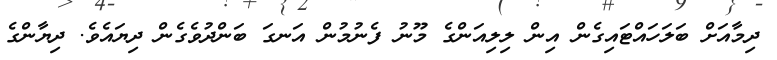
ދިމާއަށް ބަލަހައްޓައިގެން އިން ލިލިއަންގެ މޫނު ފެނުމުން އަނގަ ބަންދުވެގެން ދިޔައެވެ. ދިޔާންގެ